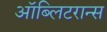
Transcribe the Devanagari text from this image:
ऑब्लिटरान्स